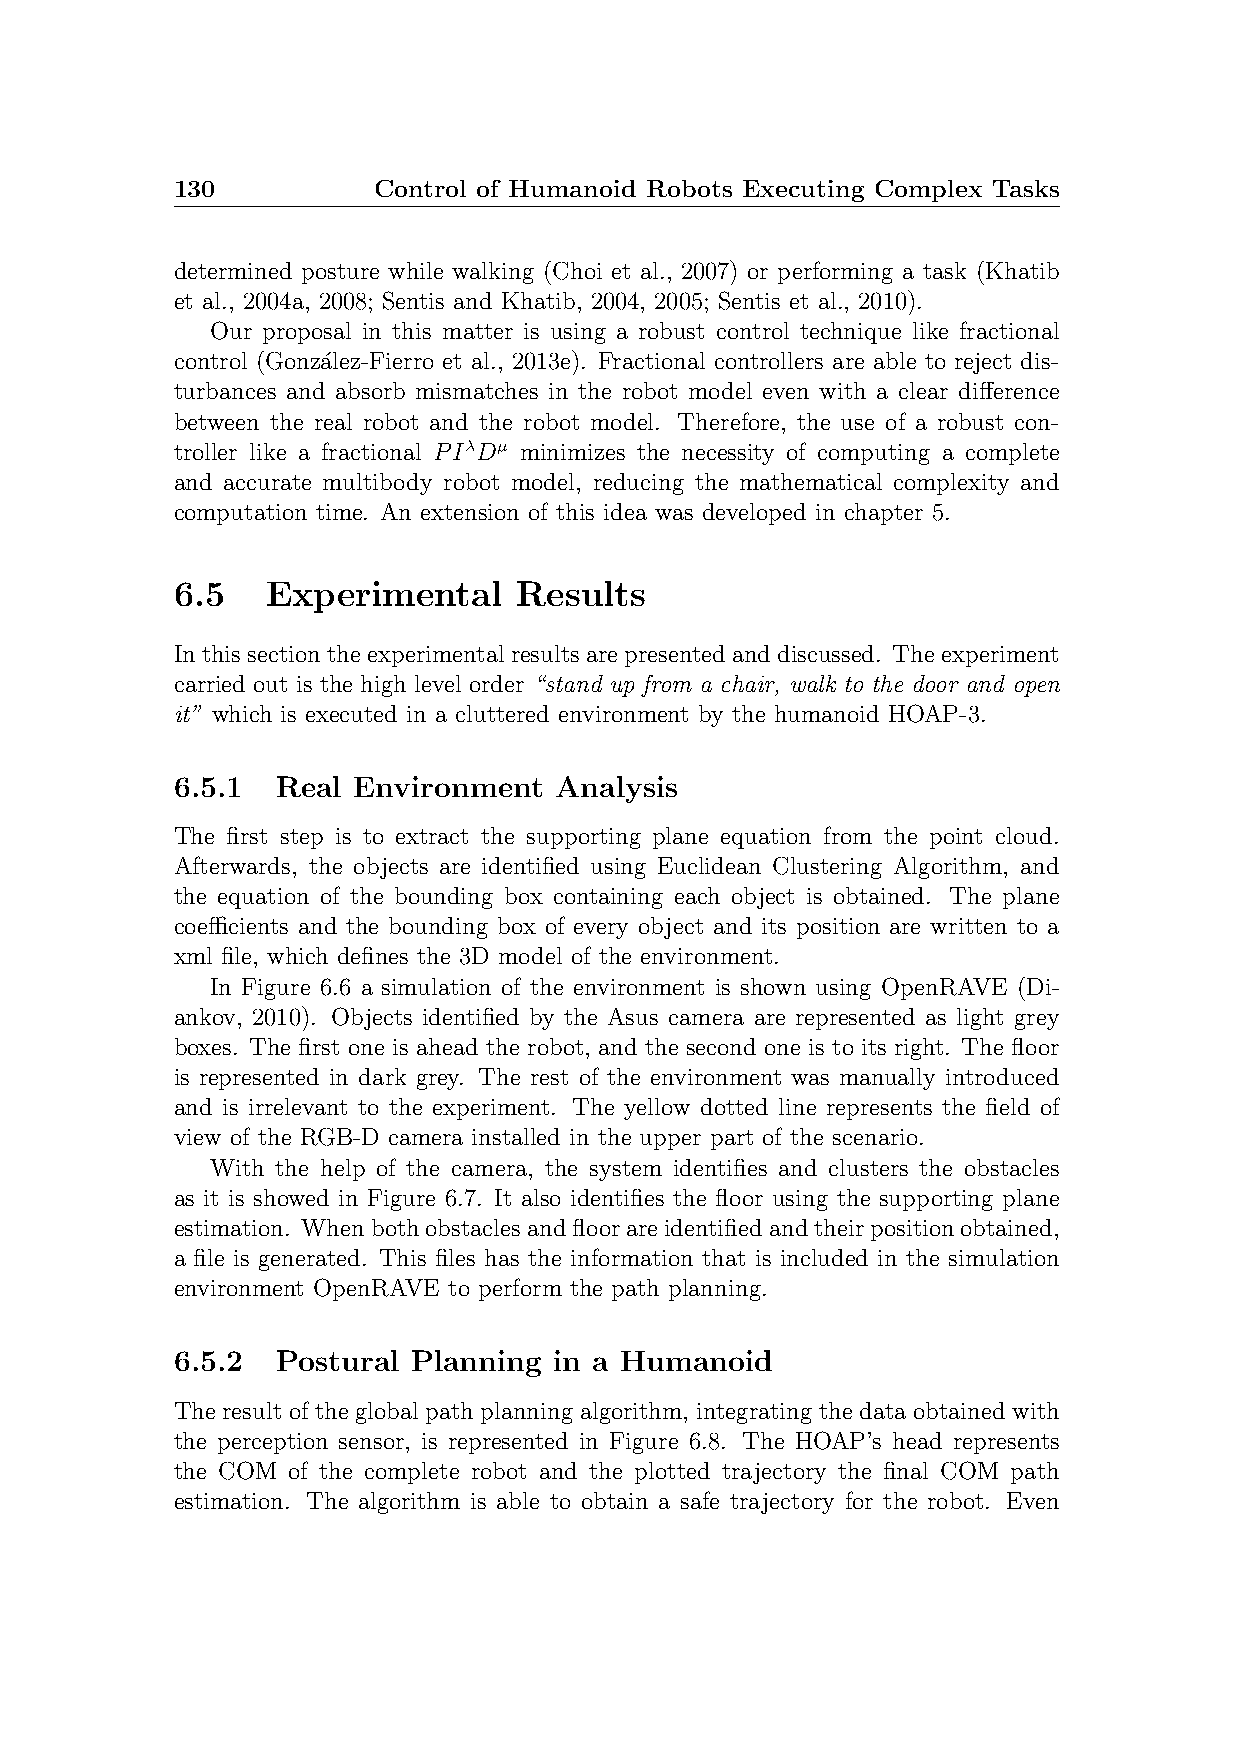
130           Control of Humanoid Robots Executing Complex Tasks
 determined posture while walking (Choi et al., 2007) or performing a task (Khatib
 et al., 2004a, 2008; Sentis and Khatib, 2004, 2005; Sentis et al., 2010).
 Our proposal in this matter is using a robust control technique like fractional
 control (Gonza´lez-Fierro et al., 2013e). Fractional controllers are able to reject dis-
 turbances and absorb mismatches in the robot model even with a clear difference
 between the real robot and the robot model. Therefore, the use of a robust con-
 troller like a fractional PIλDµ minimizes the necessity of computing a complete
 and accurate multibody robot model, reducing the mathematical complexity and
 computation time. An extension of this idea was developed in chapter 5.
 6.5    Experimental    Results
 Inthissectiontheexperimentalresultsarepresentedanddiscussed. Theexperiment
 carried out is the high level order “stand up from a chair, walk to the door and open
 it” which is executed in a cluttered environment by the humanoid HOAP-3.
 6.5.1  Real Environment   Analysis
 The first step is to extract the supporting plane equation from the point cloud.
 Afterwards, the objects are identified using Euclidean Clustering Algorithm, and
 the equation of the bounding box containing each object is obtained. The plane
 coefficients and the bounding box of every object and its position are written to a
 xml file, which defines the 3D model of the environment.
 In Figure 6.6 a simulation of the environment is shown using OpenRAVE (Di-
 ankov, 2010). Objects identified by the Asus camera are represented as light grey
 boxes. The first one is ahead the robot, and the second one is to its right. The floor
 is represented in dark grey. The rest of the environment was manually introduced
 and is irrelevant to the experiment. The yellow dotted line represents the field of
 view of the RGB-D camera installed in the upper part of the scenario.
 With the help of the camera, the system identifies and clusters the obstacles
 as it is showed in Figure 6.7. It also identifies the floor using the supporting plane
 estimation. Whenbothobstaclesandfloorareidentifiedandtheirpositionobtained,
 a file is generated. This files has the information that is included in the simulation
 environment OpenRAVE to perform the path planning.
 6.5.2  Postural Planning  in a Humanoid
 The result of the global path planning algorithm, integrating the data obtained with
 the perception sensor, is represented in Figure 6.8. The HOAP’s head represents
 the COM of the complete robot and the plotted trajectory the final COM path
 estimation. The algorithm is able to obtain a safe trajectory for the robot. Even